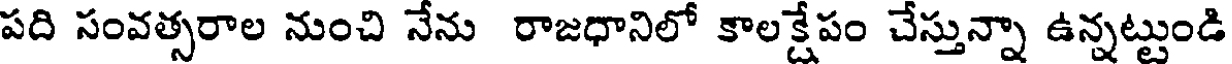
పది సంవత్సరాల నుంచి నేను రాజధానిలో కాలక్షేపం చేస్తున్నా ఉన్నట్టుండి